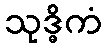
သုဒ္ဓိကံ